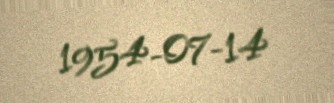
1954-07-14